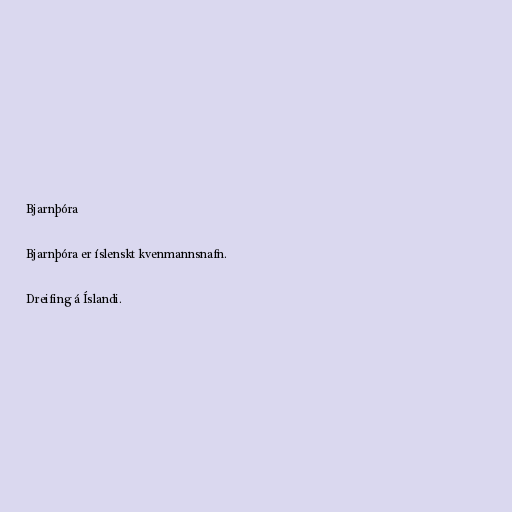
Bjarnþóra

Bjarnþóra er íslenskt kvenmannsnafn.

Dreifing á Íslandi.